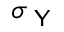
\sigma _ { \textsf { Y } }